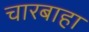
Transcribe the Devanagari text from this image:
चारबाहा